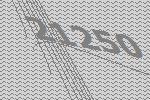
21250